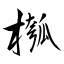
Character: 槬